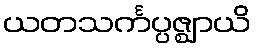
ယတသင်္ကပ္ပဇ္ဈာယိ